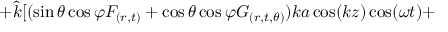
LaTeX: + \hat { k } [ ( \sin \theta \cos \varphi F _ { ( r , t ) } + \cos \theta \cos \varphi G _ { ( r , t , \theta ) } ) k a \cos ( k z ) \cos ( \omega t ) +